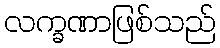
လက္ခဏာဖြစ်သည်